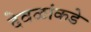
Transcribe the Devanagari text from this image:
देवळांकडे